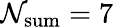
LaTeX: \mathcal{N}_{\mathrm{{sum}}}=7